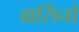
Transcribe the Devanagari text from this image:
बार्सिनो